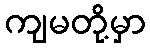
ကျမတို့မှာ